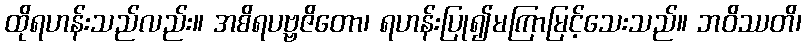
ထိုရဟန်းသည်လည်း။ အစိရပဗ္ဗဇိတော၊ ရဟန်းပြု၍မကြာမြင့်သေးသည်။ ဘဝိဿတိ၊